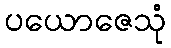
ပယောဇေသုံ